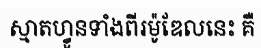
ស្មាតហ្វូនទាំងពីរម៉ូឌែលនេះ គឺ